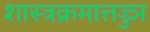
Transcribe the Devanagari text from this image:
शास्त्रक्रमात्तज्ज्ञ